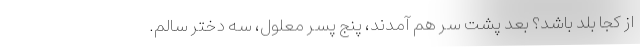
از کجا بلد باشد؟ بعد پشت سر هم آمدند، پنج پسر معلول، سه دختر سالم.